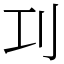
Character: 㓚